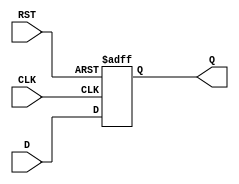
module DataRegister (
    input wire D,       // Data input
    input wire CLK,     // Clock input
    input wire RST,     // Asynchronous reset
    output reg Q        // Data output
);

    // Register behavior
    always @(posedge CLK or posedge RST) begin
        if (RST) begin
            Q <= 1'b0; // Set Q to 0 on reset
        end else begin
            Q <= D;    // Capture data on clock edge
        end
    end

endmodule